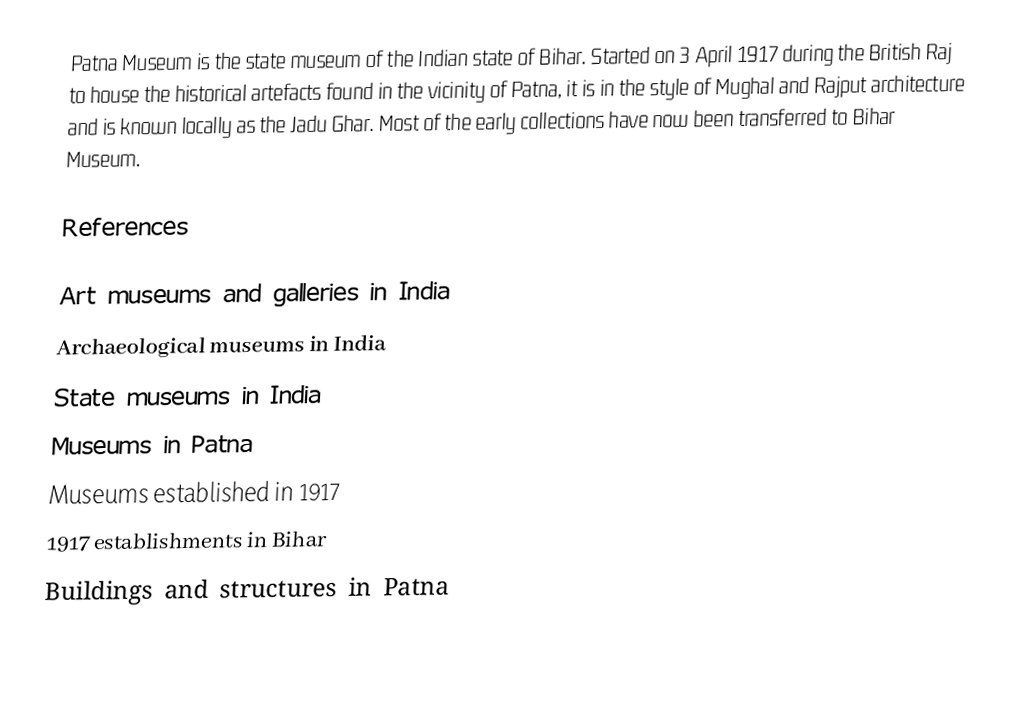
Patna Museum is the state museum of the Indian state of Bihar. Started on 3 April 1917 during the British Raj to house the historical artefacts found in the vicinity of Patna, it is in the style of Mughal and Rajput architecture and is known locally as the Jadu Ghar. Most of the early collections have now been transferred to Bihar Museum.

References

Art museums and galleries in India
Archaeological museums in India
State museums in India
Museums in Patna
Museums established in 1917
1917 establishments in Bihar
Buildings and structures in Patna